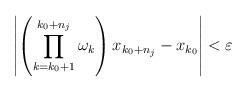
LaTeX: \begin{align*}\left|\left(\prod_{k=k_{0}+1}^{k_{0}+n_j}\omega_{k}\right)x_{k_{0}+n_j}-x_{k_{0}}\right|<\varepsilon \end{align*}